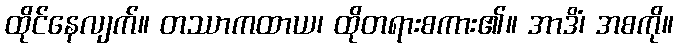
ထိုင်နေလျက်။ တဿာကထာယ၊ ထိုတရားစကား၏။ အာဒိံ၊ အစကို။